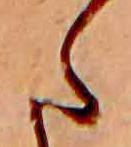
た